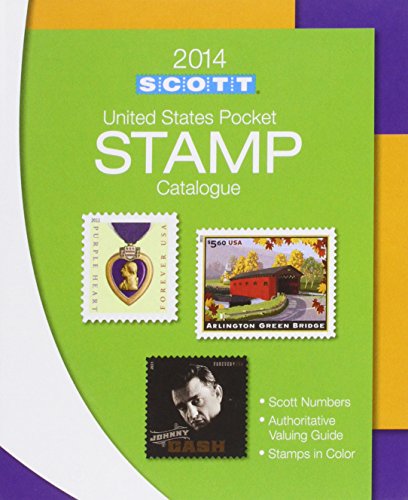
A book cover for Scott 2014 US Pocket Stamp Catalogue (Scott U S Pocket Stamp Catalogue); Charles Snee; Crafts, Hobbies & Home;